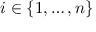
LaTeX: i \in \{ 1 , \dotsc , n \}